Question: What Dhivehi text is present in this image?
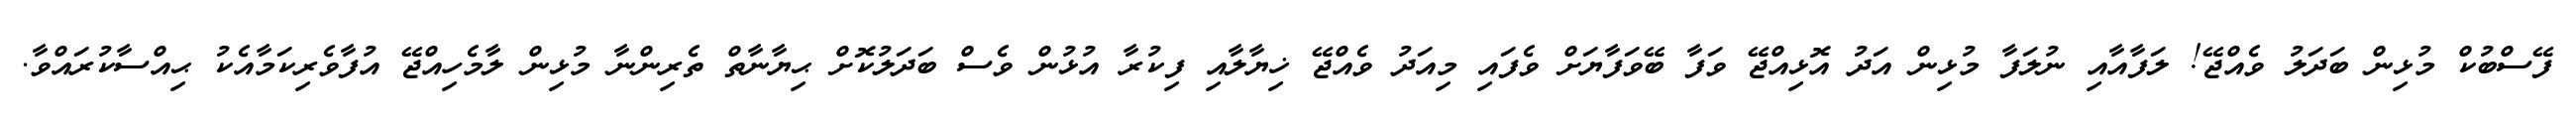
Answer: ފޭސްބުކް މުޅިން ބަދަލު ވެއްޖޭ! ލަފާއާއި ނުލަފާ މުޅިން އަދު އޮޅިއްޖޭ ވަފާ ބޭވަފާޔަށް ވެފައި މިއަދު ވެއްޖޭ ޚިޔާލާއި ފިކުރާ އުޅުން ވެސް ބަދަލުކޮށް ޙިޔާނާތް ތެރިންނާ މުޅިން ލާމެހިއްޖޭ އުފާވެރިކަމާއެކު ޙިއްސާކުރައްވާ.